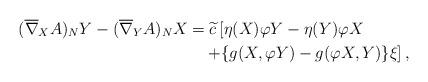
LaTeX: \begin{align*}(\overline{\nabla}_{X}A)_{N}Y-(\overline{\nabla}_{Y}A)_{N}X&=\widetilde{c}\left[\eta(X)\varphi Y-\eta(Y)\varphi X\right. \\&\quad\left. +\{g(X,\varphi Y)-g(\varphi X,Y)\}\xi\right], \end{align*}